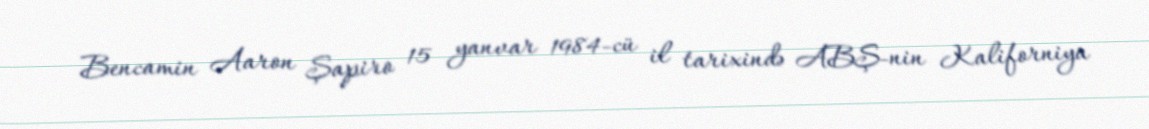
Bencamin Aaron Şapiro 15 yanvar 1984-cü il tarixində ABŞ-nin Kaliforniya